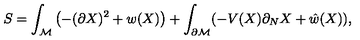
S = \int _ { \cal M } \left( - ( \partial X ) ^ { 2 } + w ( X ) \right) + \int _ { \partial { \cal M } } ( - V ( X ) \partial _ { N } X + \hat { w } ( X ) ) ,